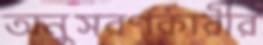
অনুসরণকারীর